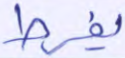
يفرط